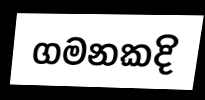
ගමනකදි